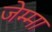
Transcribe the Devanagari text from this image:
जेम्मा